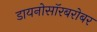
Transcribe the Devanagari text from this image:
डायनोसॉरबरोबर